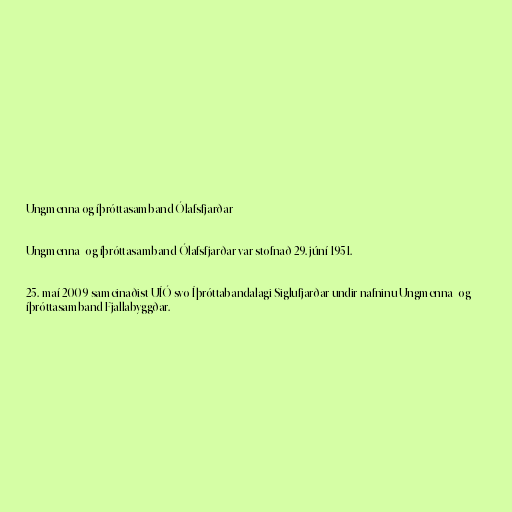
Ungmenna og íþróttasamband Ólafsfjarðar

Ungmenna- og íþróttasamband Ólafsfjarðar var stofnað 29. júní 1951.

25. maí 2009 sameinaðist UÍÓ svo Íþróttabandalagi Siglufjarðar undir nafninu Ungmenna- og
íþróttasamband Fjallabyggðar.